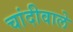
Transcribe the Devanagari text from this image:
चांदीवाले